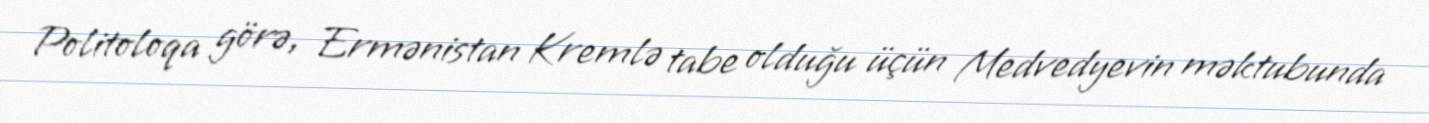
Politoloqa görə, Ermənistan Kremlə tabe olduğu üçün Medvedyevin məktubunda